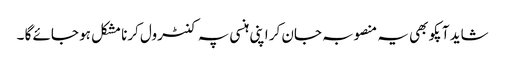
شاید آپکو بھی یہ منصوبہ جان کر اپنی ہنسی پہ کنٹرول کرنا مشکل ہو جائے گا ۔